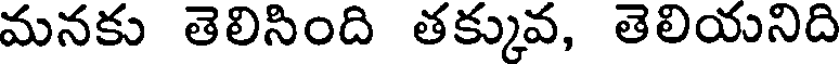
మనకు తెలిసింది తక్కువ, తెలియనిది